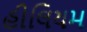
હીલિયમ